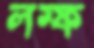
লম্ফ